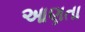
આણતા